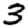
Digit: 3